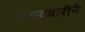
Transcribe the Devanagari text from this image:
विषयवारीने